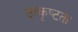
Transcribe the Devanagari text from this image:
उत्कृष्‍टता